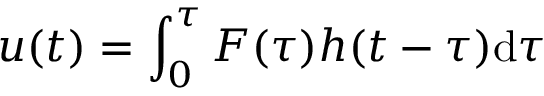
u ( t ) = \int _ { 0 } ^ { \tau } F ( \tau ) h ( t - \tau ) \mathrm { d } \tau